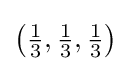
\left({\tfrac {1}{3}},{\tfrac {1}{3}},{\tfrac {1}{3}}\right)